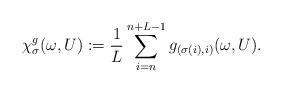
LaTeX: \begin{align*}\chi^g_\sigma (\omega,U) := \frac{1}{L} \sum_{i=n}^{n + L - 1} g_{(\sigma(i), i)} (\omega,U).\end{align*}